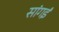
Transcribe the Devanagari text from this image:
सांगई